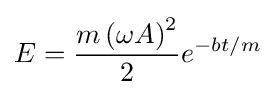
E={\frac {m\left(\omega A\right)^{2}}{2}}e^{-bt/m}